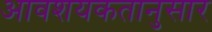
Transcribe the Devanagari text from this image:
आवशयकतानुसार